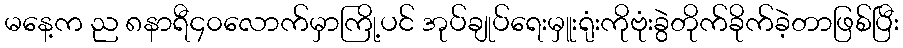
မနေ့က ည ၈နာရီ၄၀လောက်မှာကြို့ပင် အုပ်ချုပ်ရေးမှူးရုံးကိုဗုံးခွဲတိုက်ခိုက်ခဲ့တာဖြစ်ပြီး